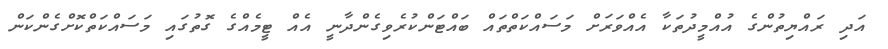
އަދި ރައްޔިތުންގެ އުއްމީދުތަކާ އެއްވަރަށް މަސައްކަތްތައް ބައްޓަންކުރެވިގެންދާނީ އެއް ޓީމެއްގެ ގޮތުގައި މަސައްކަތްކޮށްގެންކަން